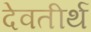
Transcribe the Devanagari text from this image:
देवतीर्थ